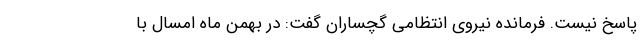
پاسخ نیست. فرمانده نیروی انتظامی گچساران گفت: در بهمن ماه امسال با